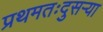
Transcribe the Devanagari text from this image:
प्रथमतःदुसऱ्या